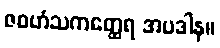
ဇဝဟံသကတ္ထေရ အပဒါန။